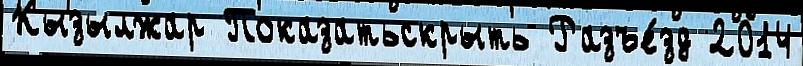
Кызылжар Показатьскрыть Разъе́зд 2014